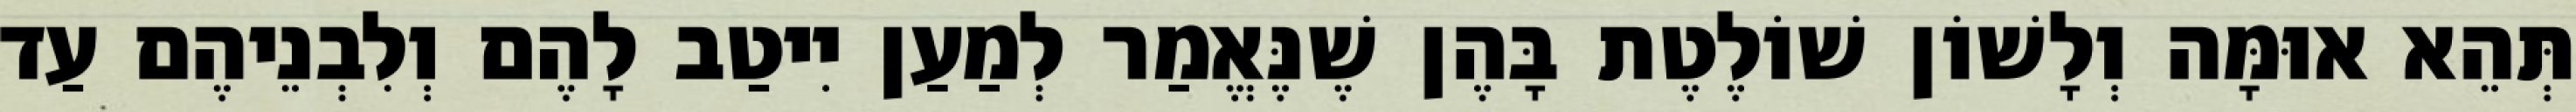
תְּהֵא אוּמָּה וְלָשׁוֹן שׁוֹלֶטֶת בָּהֶן שֶׁנֶּאֱמַר לְמַעַן יִיטַב לָהֶם וְלִבְנֵיהֶם עַד